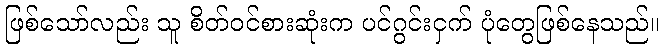
ဖြစ်သော်လည်း သူ စိတ်ဝင်စားဆုံးက ပင်ဂွင်းငှက် ပုံတွေဖြစ်နေသည်။